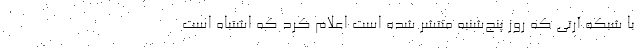
با شبکه آرتی که روز پنج‌شنبه منتشر شده است اعلام کرد که اشتباه است